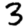
Digit: 3